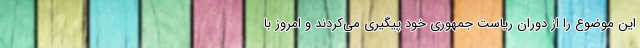
این موضوع را از دوران ریاست جمهوری خود پیگیری می‌کردند و امروز با